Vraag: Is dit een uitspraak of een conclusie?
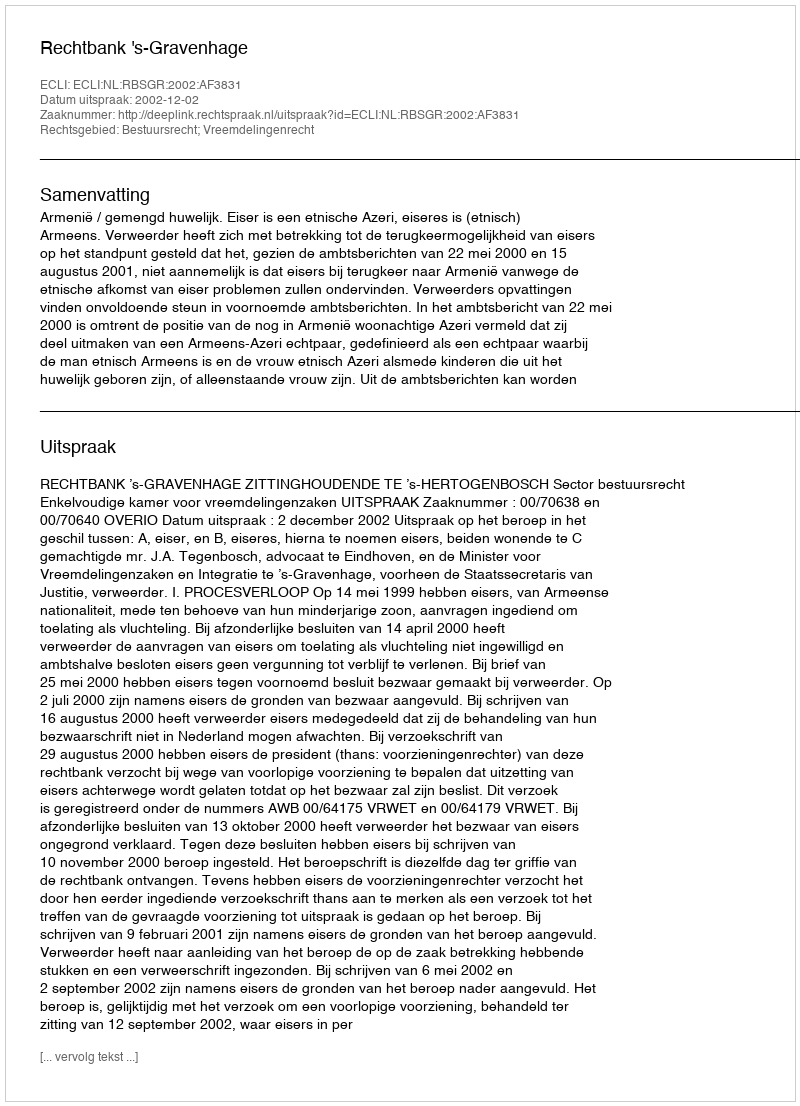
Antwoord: Uitspraak